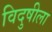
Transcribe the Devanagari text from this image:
विदुषीला